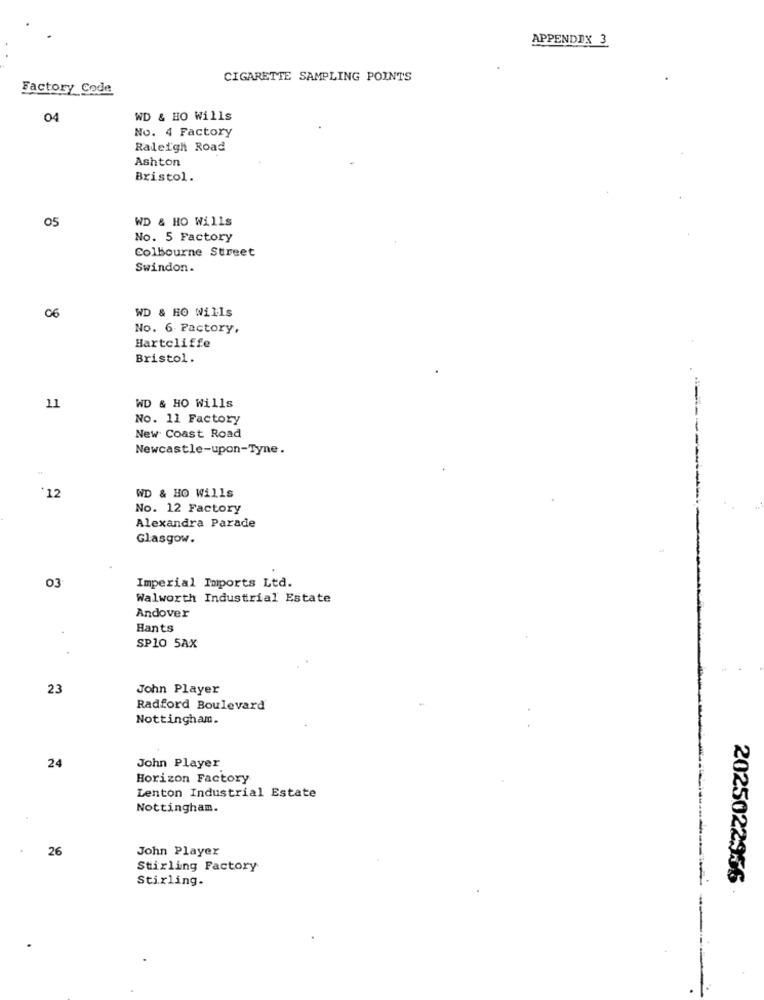
APPENDIX 3
CIGARETTE SAMPLING POINTS
Factory Code
04
WD & HO Wills
No. 4 Factory
Raleigh Road
Ashton
Bristol.
05
WD & HO Wills
No. 5 Factory
Colbourne Street
Swindon.
06
WD & HO Wills
No. 6. Factory,
Hartcliffe
Bristol.
WD & HO Wills
11
No. 11 Factory
New Coast Road
Newcastle-upon-Tyne.
WD & HO Wills
*12
No. 12 Factory
Alexandra Parade
Glasgow.
03
Imperial Imports Ltd.
Walworth Industrial Estate
Andover
Hants
SP10 5AX
23
John Player
Radford Boulevard
Nottingham.
John Player
24
Horizon Factory
Lenton Industrial Estate
Nottingham.
26
John Player
Stirling Factory
Stirling.
2025022956